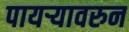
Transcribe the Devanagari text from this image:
पायऱ्यावरुन